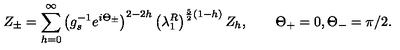
Z _ { \pm } = \sum _ { h = 0 } ^ { \infty } \left( g _ { s } ^ { - 1 } e ^ { i \Theta _ { \pm } } \right) ^ { 2 - 2 h } \left( \lambda _ { 1 } ^ { R } \right) ^ { { \frac { 5 } { 2 } } ( 1 - h ) } Z _ { h } , \qquad \Theta _ { + } = 0 , \Theta _ { - } = \pi / 2 .